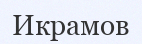
Икрамов